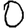
Digit: 0